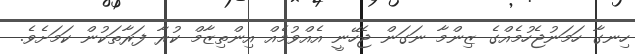
ހިނގާ ހަމަނުޖެހުމެއްގެ ޒިންމާ ނަގަން ޖެހޭނީ އެއްވުމެއް އިންތިޒާމް ކުރާ ފަރާތަކުން ކަމަށެވެ.